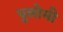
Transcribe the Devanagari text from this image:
पुलोमी